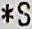
*S